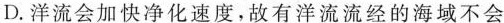
D.洋流会加快净化速度，故有洋流流经的海域不会